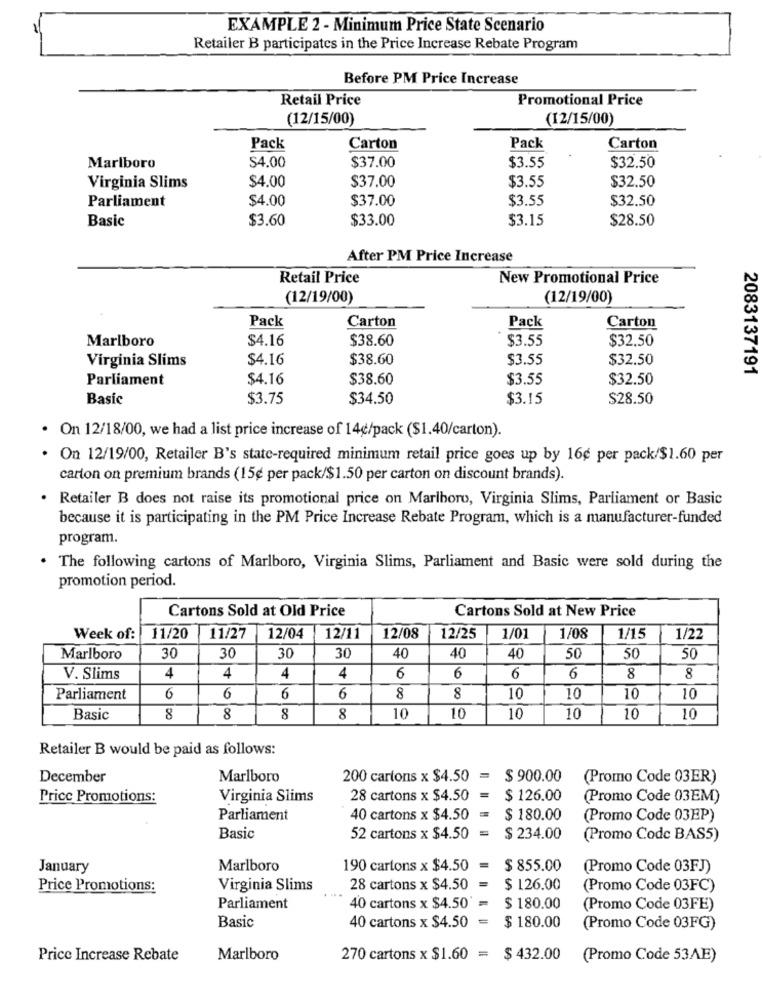
EXAMPLE 2 - Minimum Price State Scenario
Retailer B participates in the Price Increase Rebate Program
Before PM Price Increase
Retail Price
Promotional Price
(12/15/00)
(12/15/00)
Pack
Carton
Pack
Carton
$4.00
Marlboro
$37.00
$3.55
$32.50
$4.00
$37.00
$32.50
Virginia Slims
$3.55
$4.00
$37.00
$3.55
$32.50
Parliament
Basic
$3.60
$33.00
$3.15
$28.50
After PM Price Increase
Retail Price
New Promotional Price
(12/19/00)
(12/19/00)
Pack
Carton
Pack
Carton
Marlboro
$4.16
$38.60
$3.55
$32.50
Virginia Slims
$4.16
$38.60
$3.55
$32.50
2083137191
Parliament
$4.16
$38.60
$3.55
$32.50
Basic
$3.75
$34.50
$3.15
$28.50
On 12/18/00, we had a list price increase of 14g/pack ($1.40/carton).
On 12/19/00, Retailer B's state-required minimum retail price goes up by 16¢ per pack/$1.60 per
carton on premium brands (15¢ per pack/$1.50 per carton on discount brands).
Retailer B does not raise its promotional price on Marlboro, Virginia Slims, Parliament or Basic
because it is participating in the PM Price Increase Rebate Program, which is a manufacturer-funded
program.
. The following cartons of Marlboro, Virginia Slims, Parliament and Basic were sold during the
promotion period.
Cartons Sold at Old Price
Cartons Sold at New Price
Week of:
11/20
11/27
12/04
12/11
12/08
12/25
1/01
1/08
1/15
1/22
Marlboro
30
30
30
30
40
40
40
50
50
50
V. Slims
4
4
4
4
6
6
6
6
8
8
Parliament
6
6
6
6
8
8
10
10
10
10
Basic
8
8
8
8
10
10
10
10
10
10
Retailer B would be paid as follows:
December
Marlboro
200 cartons x $4.50
=
$ 900.00
(Promo Code 03ER)
Price Promotions:
Virginia Slims
28 cartons x $4.50
$ 126.00
(Promo Code 03EM)
Parliament
40 cartons x $4.50
$ 180.00
(Promo Code 03EP)
Basic
52 cartons x $4.50 =
$ 234.00
(Promo Code BAS5)
January
Marlboro
190 cartons x $4.50 =
$ 855.00
(Promo Code 03FJ)
Price Promotions:
Virginia Slims
28 cartons x $4.50 =
$ 126.00
(Promo Code 03FC)
Parliament
40 cartons x $4.50 =
$ 180.00
(Promo Code 03FE)
Basic
$ 180.00
40 cartons x $4.50 =
(Promo Code 03FG)
Price Increase Rebate
Marlboro
270 cartons x $1.60 = $ 432.00
(Promo Code 53AE)